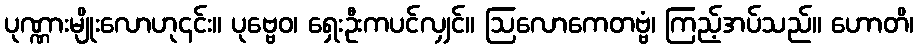
ပုဏ္ဏားမျိုးလောဟု၄င်း။ ပုဗ္ဗေဝ၊ ရှေးဦးကပင်လျှင်။ ဩလောကေတဗ္ဗံ၊ ကြည့်အပ်သည်။ ဟောတိ၊